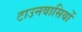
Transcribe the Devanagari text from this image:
टाउनवासियों